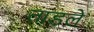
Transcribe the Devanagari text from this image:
ताडले